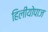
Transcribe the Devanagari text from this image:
हिलीयोपाज